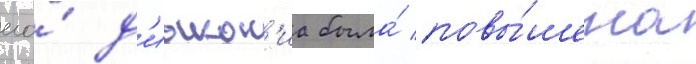
его́ д'иакон'иа была́ повы́шена